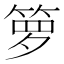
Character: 箩